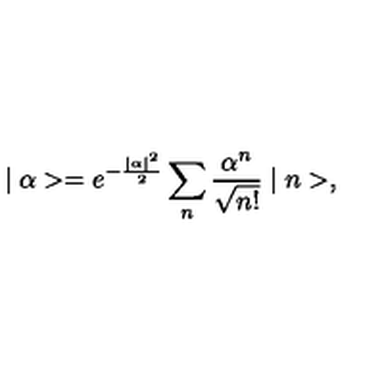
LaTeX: \mid \alpha > = e ^ { - \frac { \mid \alpha \mid ^ { 2 } } { 2 } } \sum _ { n } \frac { \alpha ^ { n } } { \sqrt { n ! } } \mid n > ,